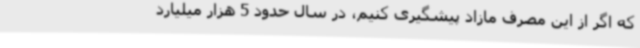
که اگر از این مصرف مازاد پیشگیری کنیم، در سال حدود 5 هزار میلیارد